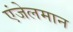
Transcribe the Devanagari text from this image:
एंजेलमान